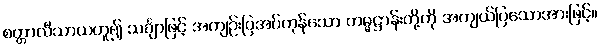
စတ္တာလီသာယဟူ၍ သင်္ချာဖြင့် အကျဉ်းပြအပ်ကုန်သော ကမ္မဋ္ဌာန်းတို့ကို အကျယ်ပြသောအားဖြင့်။